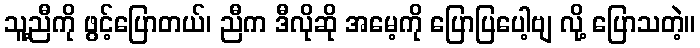
သူ့ညီကို ဖွင့်ပြောတယ်၊ ညီက ဒီလိုဆို အမေ့ကို ပြောပြပေါ့ဗျ လို့ ပြောသတဲ့။